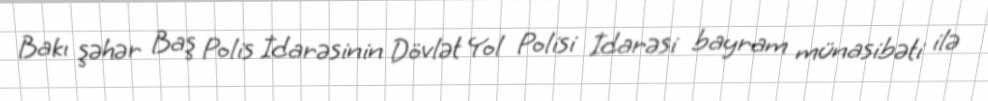
Bakı şəhər Baş Polis İdarəsinin Dövlət Yol Polisi İdarəsi bayram münasibəti ilə